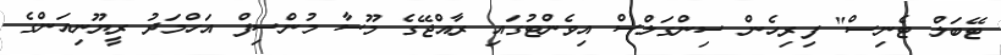
ޓޭބަލް ޓެނިސް" ފިރިހެން ސިންގަލްސް އިވެންޓުގައި ރާއްޖޭގެ މޫސާ މުންސިފް އަހްމަދު ރީޔޫނިއަންގެ